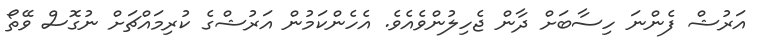
އަރުޝް ފެންނަ ހިސާބަށް ދާން ޖެހިލުންވެއެވެ. އެހެންކަމުން އަރުޝްގެ ކުރިމައްޗަށް ނުގޮސް ވޭތޯ